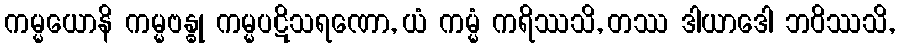
ကမ္မယောနိ ကမ္မဗန္ဓု ကမ္မပဋိသရဏော, ယံ ကမ္မံ ကရိဿသိ, တဿ ဒါယာဒေါ ဘဝိဿသိ,